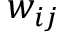
w _ { i j }